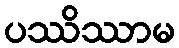
ပဿိဿာမ